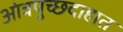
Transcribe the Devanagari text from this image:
आंत्रपुच्छदाहात